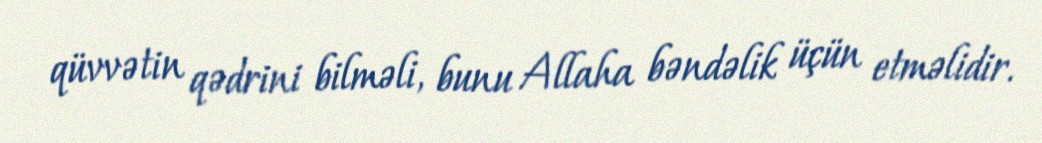
qüvvətin qədrini bilməli, bunu Allaha bəndəlik üçün etməlidir.